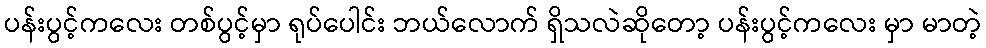
ပန်းပွင့်ကလေး တစ်ပွင့်မှာ ရုပ်ပေါင်း ဘယ်လောက် ရှိသလဲဆိုတော့ ပန်းပွင့်ကလေး မှာ မာတဲ့